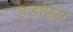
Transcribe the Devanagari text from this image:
डडप्रिंस